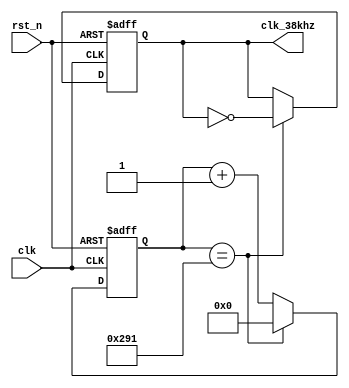
	module clk_frep(clk, rst_n, clk_38khz);

	input clk, rst_n;
	output reg  clk_38khz;
	
	reg [9:0] count;
	
	//38Khz
	//1:338khz
	//50_000_000 / 38000 / 2 - 1
	always @ (posedge clk or negedge rst_n)
		if(!rst_n)
			begin
				count <= 0;
				clk_38khz <= 1;
			end
		else if( count == 657 )
			begin
				clk_38khz <= ~clk_38khz;
				count <= 0;
			end
		else
			count <= count + 1'd1;

	endmodule